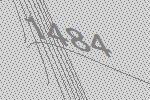
1484